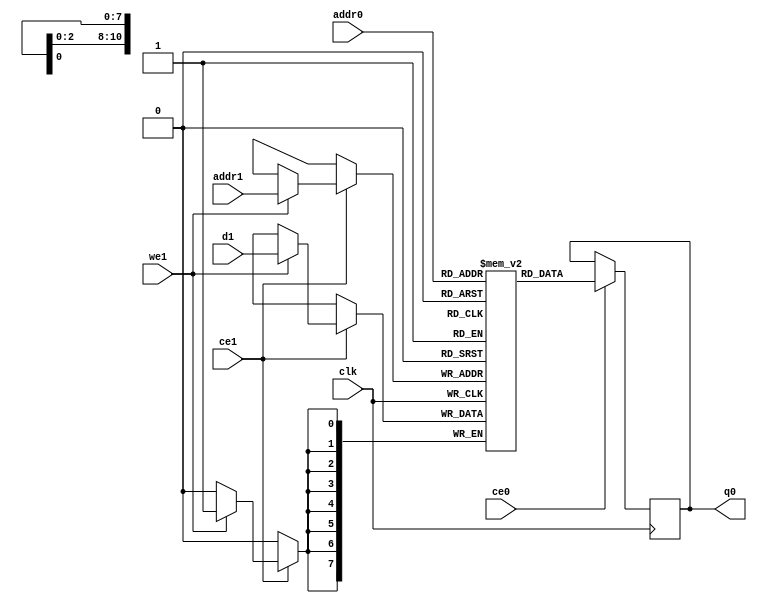
module image_filter_Loop_1_proc_line_buffer_0_0_val_ram (addr0, ce0, q0, addr1, ce1, d1, we1,  clk);

parameter DWIDTH = 8;
parameter AWIDTH = 11;
parameter MEM_SIZE = 1921;

input[AWIDTH-1:0] addr0;
input ce0;
output reg[DWIDTH-1:0] q0;
input[AWIDTH-1:0] addr1;
input ce1;
input[DWIDTH-1:0] d1;
input we1;
input clk;

(* ram_style = "block" *)reg [DWIDTH-1:0] ram[MEM_SIZE-1:0];




always @(posedge clk)  
begin 
    if (ce0) 
    begin
            q0 <= ram[addr0];
    end
end


always @(posedge clk)  
begin 
    if (ce1) 
    begin
        if (we1) 
        begin 
            ram[addr1] <= d1; 
        end 
    end
end


endmodule